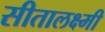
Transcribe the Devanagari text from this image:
सीतालक्ष्मी